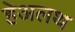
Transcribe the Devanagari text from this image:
हेअलथ